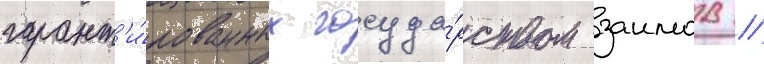
гарант'и́рованных госуда́рством заимов /